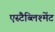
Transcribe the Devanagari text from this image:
एस्टैब्लिश्मेंट